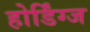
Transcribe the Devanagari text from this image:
होर्डिंग्ज